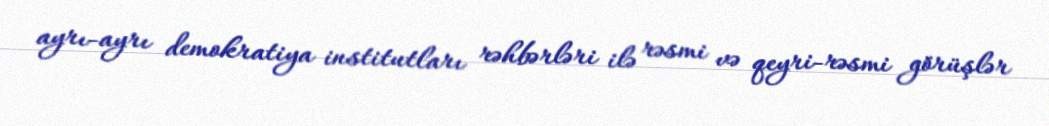
ayrı-ayrı demokratiya institutları rəhbərləri ilə rəsmi və qeyri-rəsmi görüşlər